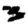
Digit: 3